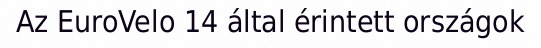
Az EuroVelo 14 által érintett országok